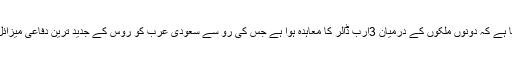
دریں اثنا روسی اخبار کومر سانت نے لکھا ہے کہ دونوں ملکوں کے درمیان 3ارب ڈالر کا معاہدہ ہوا ہے جس کی رو سے سعودی عرب کو روس کے جدید ترین دفاعی میزائل نظام ایس 400ٹریمف فراہم کیا جائے گا۔